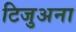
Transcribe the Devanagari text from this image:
टिजुअना